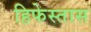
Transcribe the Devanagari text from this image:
हिफेस्तास